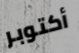
أكتوبر